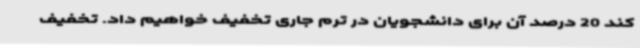
کند 20 درصد آن برای دانشجویان در ترم جاری تخفیف خواهیم داد. تخفیف